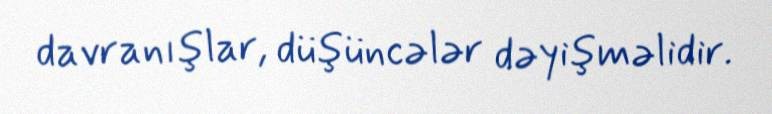
davranışlar, düşüncələr dəyişməlidir.